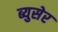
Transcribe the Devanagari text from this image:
ब्युसेर